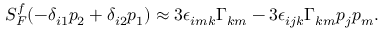
\begin{array} { r } { S _ { F } ^ { f } ( - \delta _ { i 1 } p _ { 2 } + \delta _ { i 2 } p _ { 1 } ) \approx 3 \epsilon _ { i m k } \Gamma _ { k m } - 3 \epsilon _ { i j k } \Gamma _ { k m } p _ { j } p _ { m } . } \end{array}